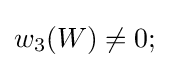
w_{3}(W)\neq 0;